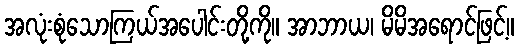
အလုံးစုံသောကြယ်အပေါင်းတို့ကို။ အာဘာယ၊ မိမိအရောင်ဖြင့်။